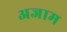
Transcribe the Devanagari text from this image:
अजाम